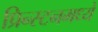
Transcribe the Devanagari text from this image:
प्रिन्स्टनमध्ये